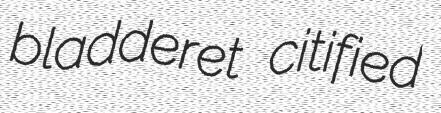
bladderet citified